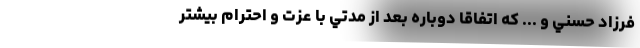
فرزاد حسني و ... که اتفاقا دوباره بعد از مدتي با عزت و احترام بيشتر